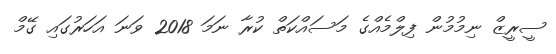
ސީރީޒް ނިމުމުން ފިލްމެއްގެ މަސައްކަތް ކުރާ ނަމަ 2018 ވަނަ އަހަރުގައި ގޭމް